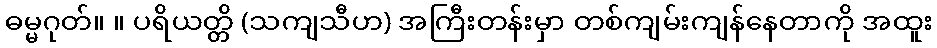
ဓမ္မဂုတ်။ ။ ပရိယတ္တိ (သကျသီဟ) အကြီးတန်းမှာ တစ်ကျမ်းကျန်နေတာကို အထူး